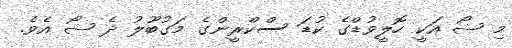
މި ޝޯ އަކީ ހޮލީވުޑްގެ ކުޑަ ސްކްރީންގެ މަގުބޫލު ދެ ޝޯ އެވެ.